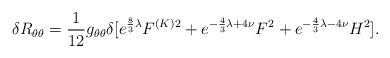
LaTeX: \begin{align*}\delta R_{\theta\theta} = \frac{1}{12} g_{\theta\theta} \delta [e^{\frac{8}{3}\lambda} F^{(K)2} + e^{-\frac{4}{3}\lambda + 4\nu} F^{2}+ e^{-\frac{4}{3}\lambda - 4\nu} H^{2}].\end{align*}